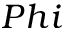
P h i